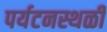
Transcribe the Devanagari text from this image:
पर्यटनस्थळी